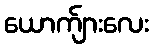
ယောက်ျားလေး